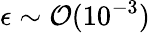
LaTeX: \epsilon\sim\mathcal{O}(10^{-3})